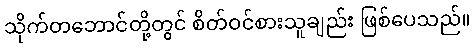
သိုက်တဘောင်တို့တွင် စိတ်ဝင်စားသူချည်း ဖြစ်ပေသည်။